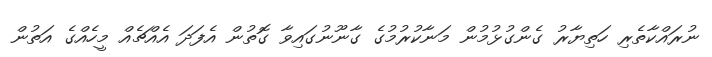
ނުރައްކާތެރި ހަތިޔާރު ގެންގުޅުމުން މަނާކުރުމުގެ ގާނޫނުގައިވާ ގޮތުން އެފަދަ އެއްޗެއް މީހެއްގެ އަތުން